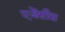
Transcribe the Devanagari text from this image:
एजेंसीस